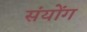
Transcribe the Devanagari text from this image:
संयोंग